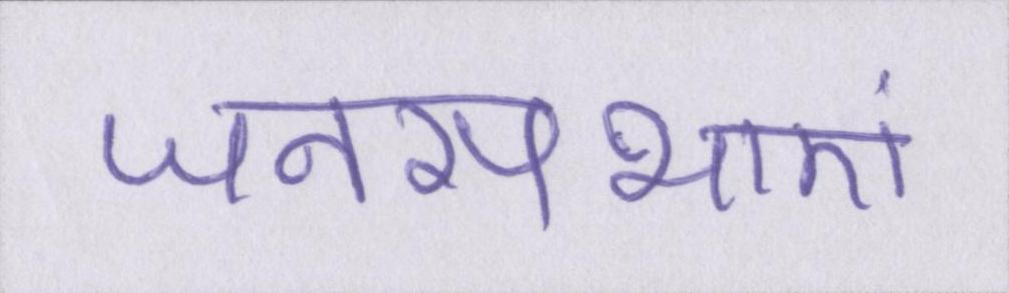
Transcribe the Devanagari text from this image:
जनसभाएं